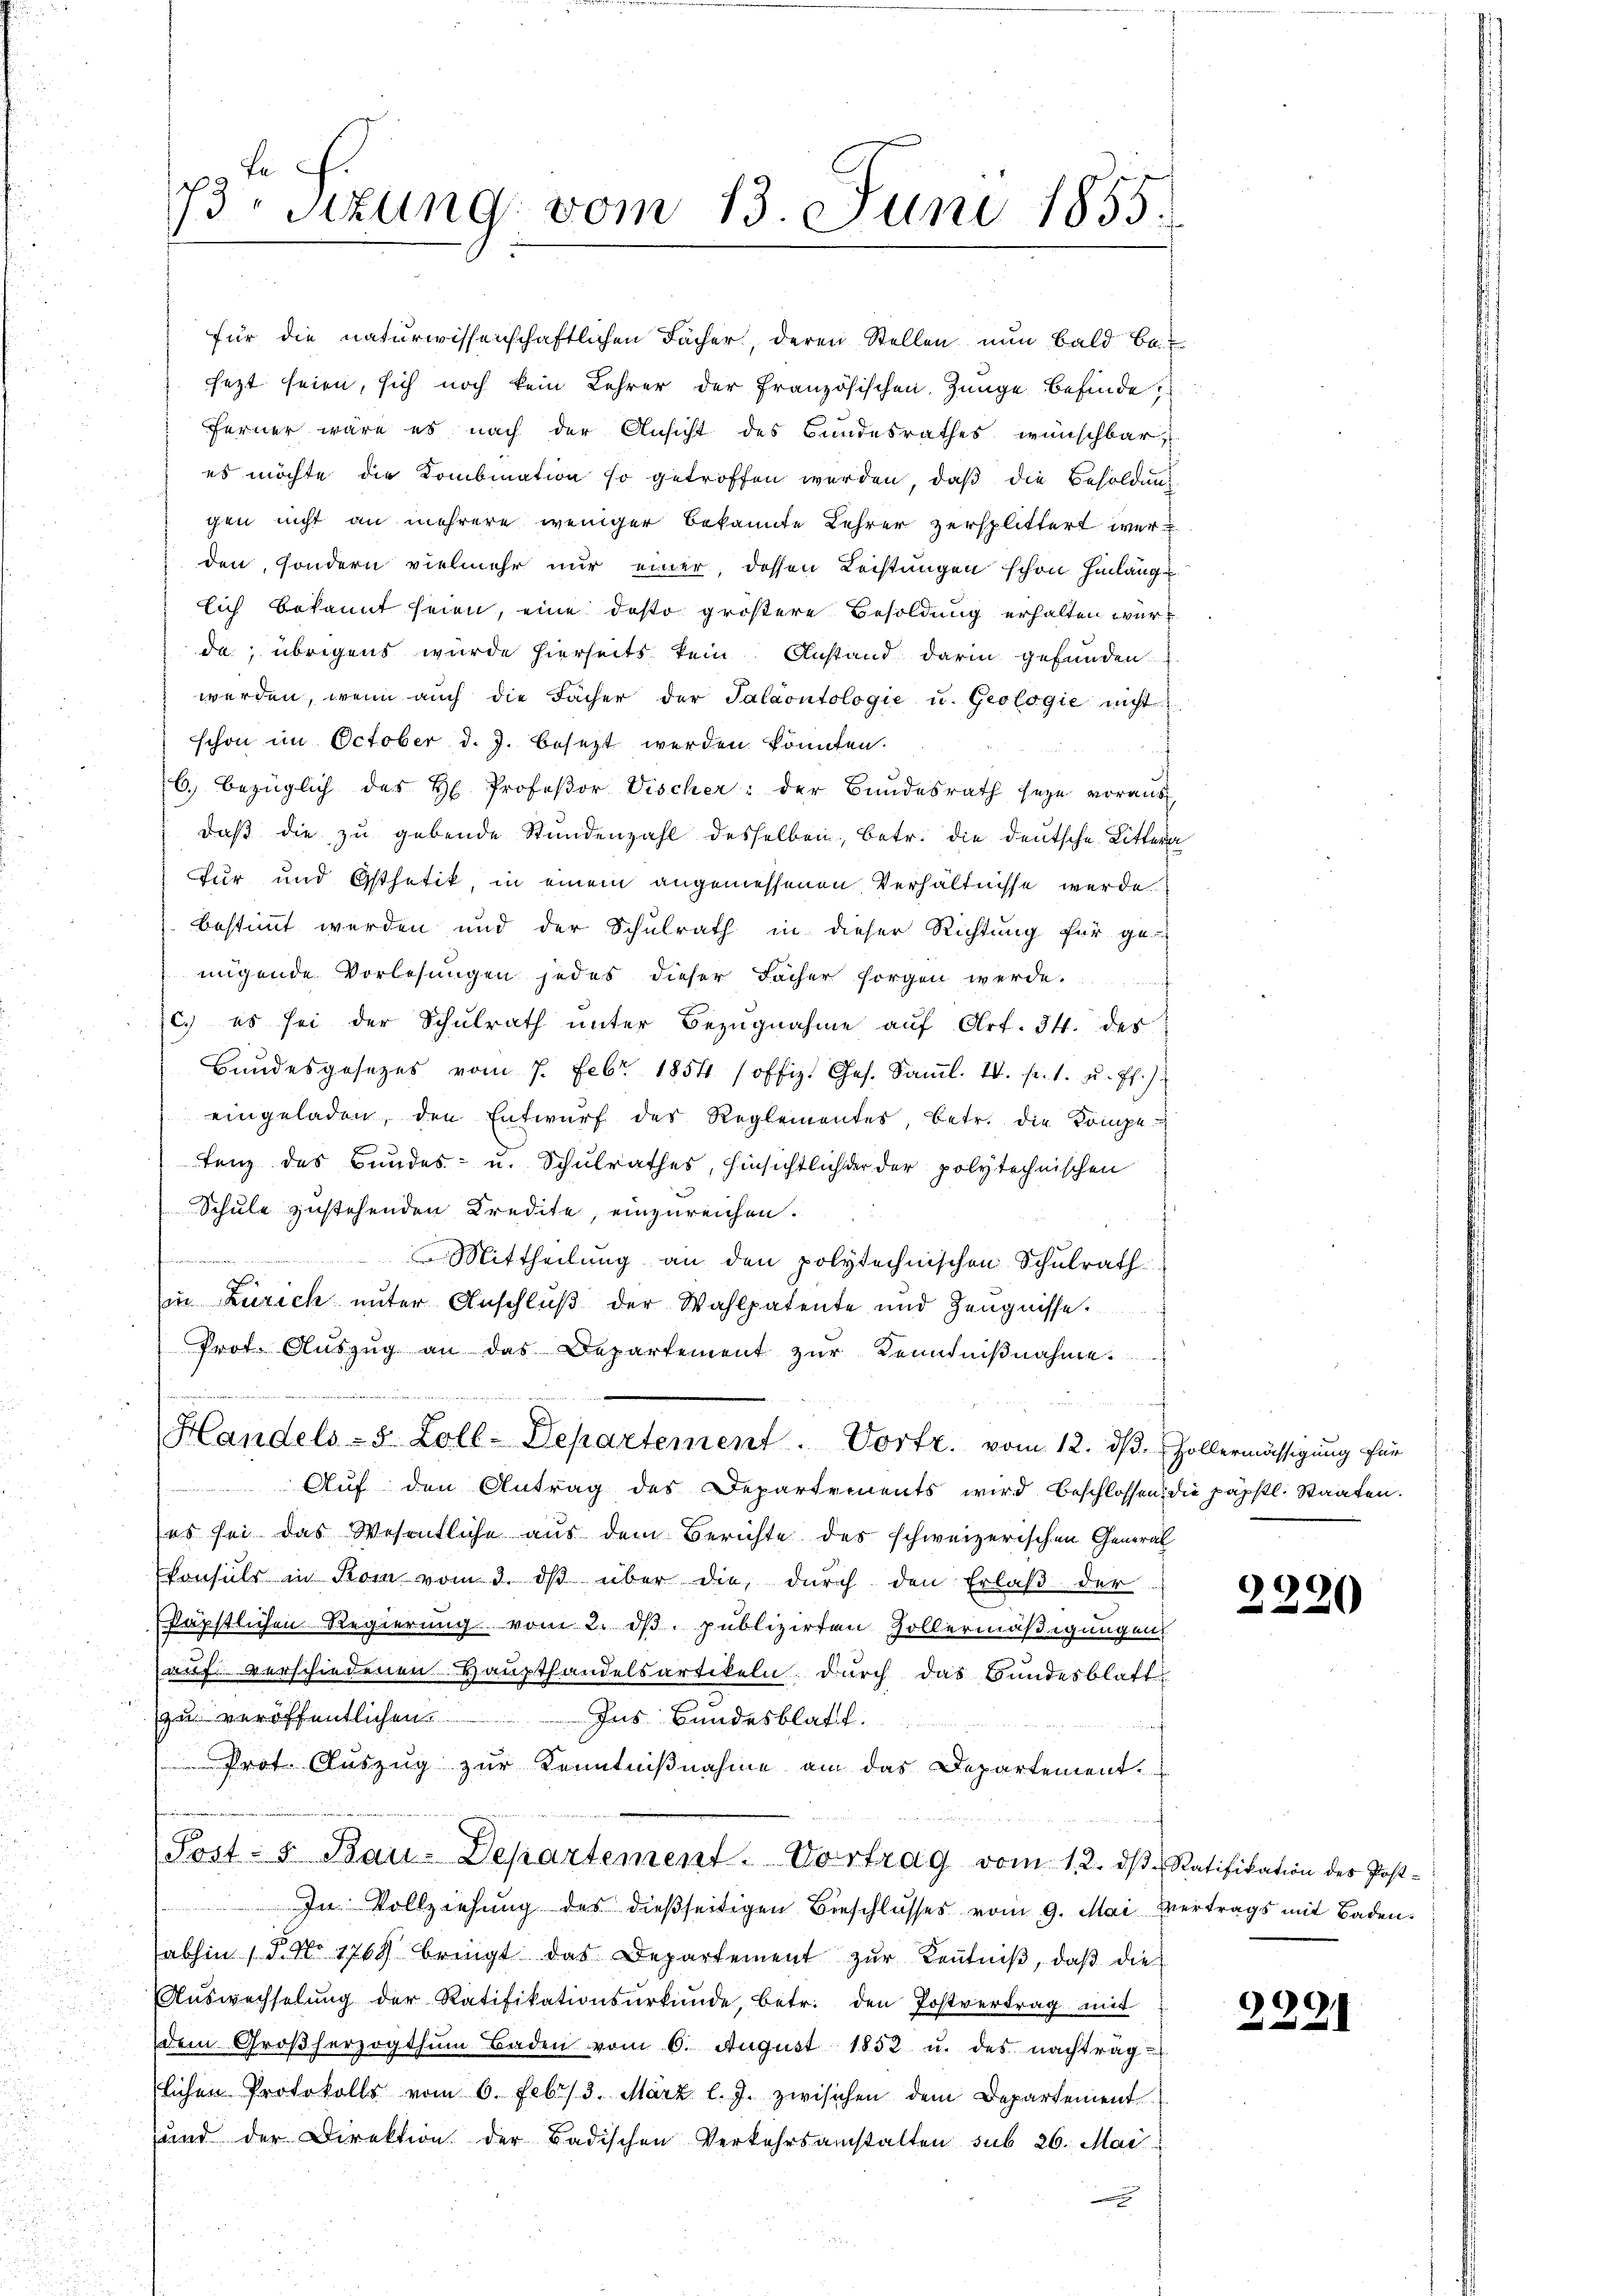
für die naturwissenschaftlichen Fächer, deren Stellen nun bald bei
jezt seien, sich noch kein Lehrer der französischen Zunge befinde
Ferner wäre es nach der Ansicht des Bundesrathes wünschbar
es möchte die Kombination so getroffen werden, daß die Besoldung
gen nicht an mehrere weniger bekannte Lehrer zersplittert werden, sondern vielmehr nur einer, dessen Leistungen schon hinlänge
lich bekannt seien, eine desto größere Besoldung erhalten wurda; übrigens wurde hierseits kein Anstand darin gefunden.
werden, wenn auch die Fächer der Paläontologie u. Geologie nicht
schon im October d. J. besezt werden könnten.
f
6. bezüglich des H. Profeßor Vischer: der Bundesrath seye voraus
daß die zu gebende Stundenzahl desselben, betr. die deutsche Littern
Für und Gsthetik, in einem angemessenen Verhältnisse werde
bestimmt werden und der Schulrath in dieser Richtung für ge-
nigende Vorlesungen jedes dieser Fächer sorgen werde.
c.) es sei der Schulrath unter Bezugnahme auf Art. 34. des
Bundesgesetzes vom 7. Febr. 1854 (offiz. Ges. Saṁl. IV. pr. 1. u. ff.).
eingeladen, den Entwŭrf des Reglementes, betr. die Kompe-
tenz des Bundes- u. Schulrathes, hinsichtlich der der polytechnischen
Schule zustehenden Kredite, einzureichen.
.
Mittheilung an den polytechnischen Schulrath
in Zürich unter Anschluß der Wahlpatente und Zeugnisse.
Prot. Aŭszŭg an das Departement zŭr Kenntniβnahme.
Handels- & Zoll-Departement. Vortr. vom 12. dβ. Zollermässigung für
Auf den Antrag des Departements wird beschlossen die päpstl. Staaten.
(es sei das Wesentliche aus dem Berichte des schweizerischen General
konsuls in Rom vom 3. dβ über die, durch den Erlaß der
räpstlichen Regierung vom 2. ds. publizirten Zollermäßigungen
auf verschiedenen Haupthandelsartikeln durch das Bundesblattzu veröffentlichen Ins Bundesblatt.
n
Prot. Auszug zur Kenntnißnahme am das Departement.
fenningen
Post- u Bau-Departement. Vortrag vom 12. dβ. Ratifikation des Post-
In Vollziehung des dießseitigen Beschlusses vom 9. Mai Vertrags mit Badenabhin 15. No 1769 bringt das Departement zŭr Keṅtniβ, daβ die
Aŭswechselŭng der Ratifikationsŭrkŭnde, betr. den Postvertrag mit

1
dem Großherzogthum Baden vom 6. August 1852 u. des nachtrag-
Far
slichen Protokolls vom 6. Febr. 3. März l. J. zwischen dem Departement
und der Direktion der Badischen Verkehrsamstalten sub 26. Mai

te F.
73 Sizung vom 13. Juni 1855.

2220

2221